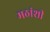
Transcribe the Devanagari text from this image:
मठांशी